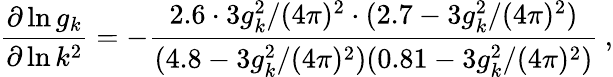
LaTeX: \frac{\partial\ln g_{k}}{\partial\ln k^{2}}=-\frac{2.6\cdot 3g_{k}^{2}/(4\pi)^{2}\cdot(2.7-3g_{k}^{2}/(4\pi)^{2})}{(4.8-3g_{k}^{2}/(4\pi)^{2})(0.81-3g_{k}^{2}/(4\pi)^{2})}\: ,